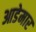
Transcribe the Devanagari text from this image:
आडेमार